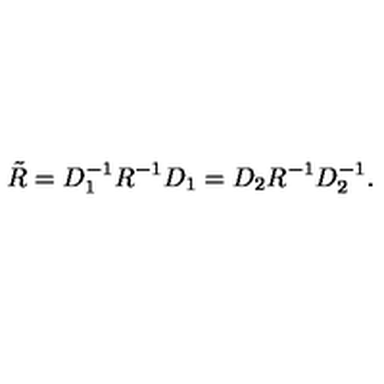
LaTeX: \tilde { R } = D _ { 1 } ^ { - 1 } R ^ { - 1 } D _ { 1 } = D _ { 2 } R ^ { - 1 } D _ { 2 } ^ { - 1 } .